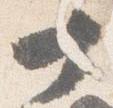
十